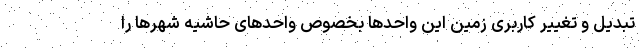
تبدیل و تغییر کاربری زمین این واحدها بخصوص واحدهای حاشیه شهرها را